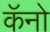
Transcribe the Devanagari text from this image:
कॅनो